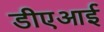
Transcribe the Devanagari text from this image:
डीएआई